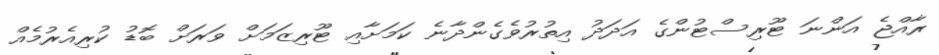
ރާއްޖެ އަންނަ ޓޫރިސްޓުންގެ އަދަދު އިތުރުވެގެންދާނެ ކަމަށާއި ޓޫރިޒަމަށް ވަރަށް ބޮޑު ކުރިއެރުމެއް